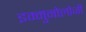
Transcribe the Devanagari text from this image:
इम्मुनोलोजी